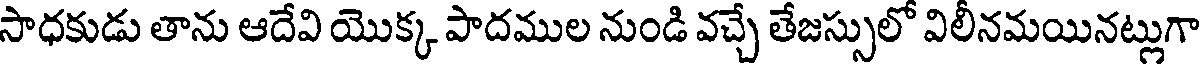
సాధకుడు తాను ఆదేవి యొక్క పాదముల నుండి వచ్చే తేజస్సులో విలీనమయినట్లుగా